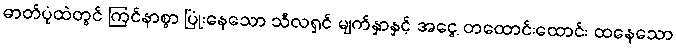
ဓာတ်ပုံထဲတွင် ကြင်နာစွာ ပြုံးနေသော သီလရှင် မျက်နှာနှင့် အငွေ့ တထောင်းထောင်း ထနေသော